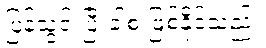
ပြန်သွင်းပြီးခါစ ဖြစ်နိုင်သည်။